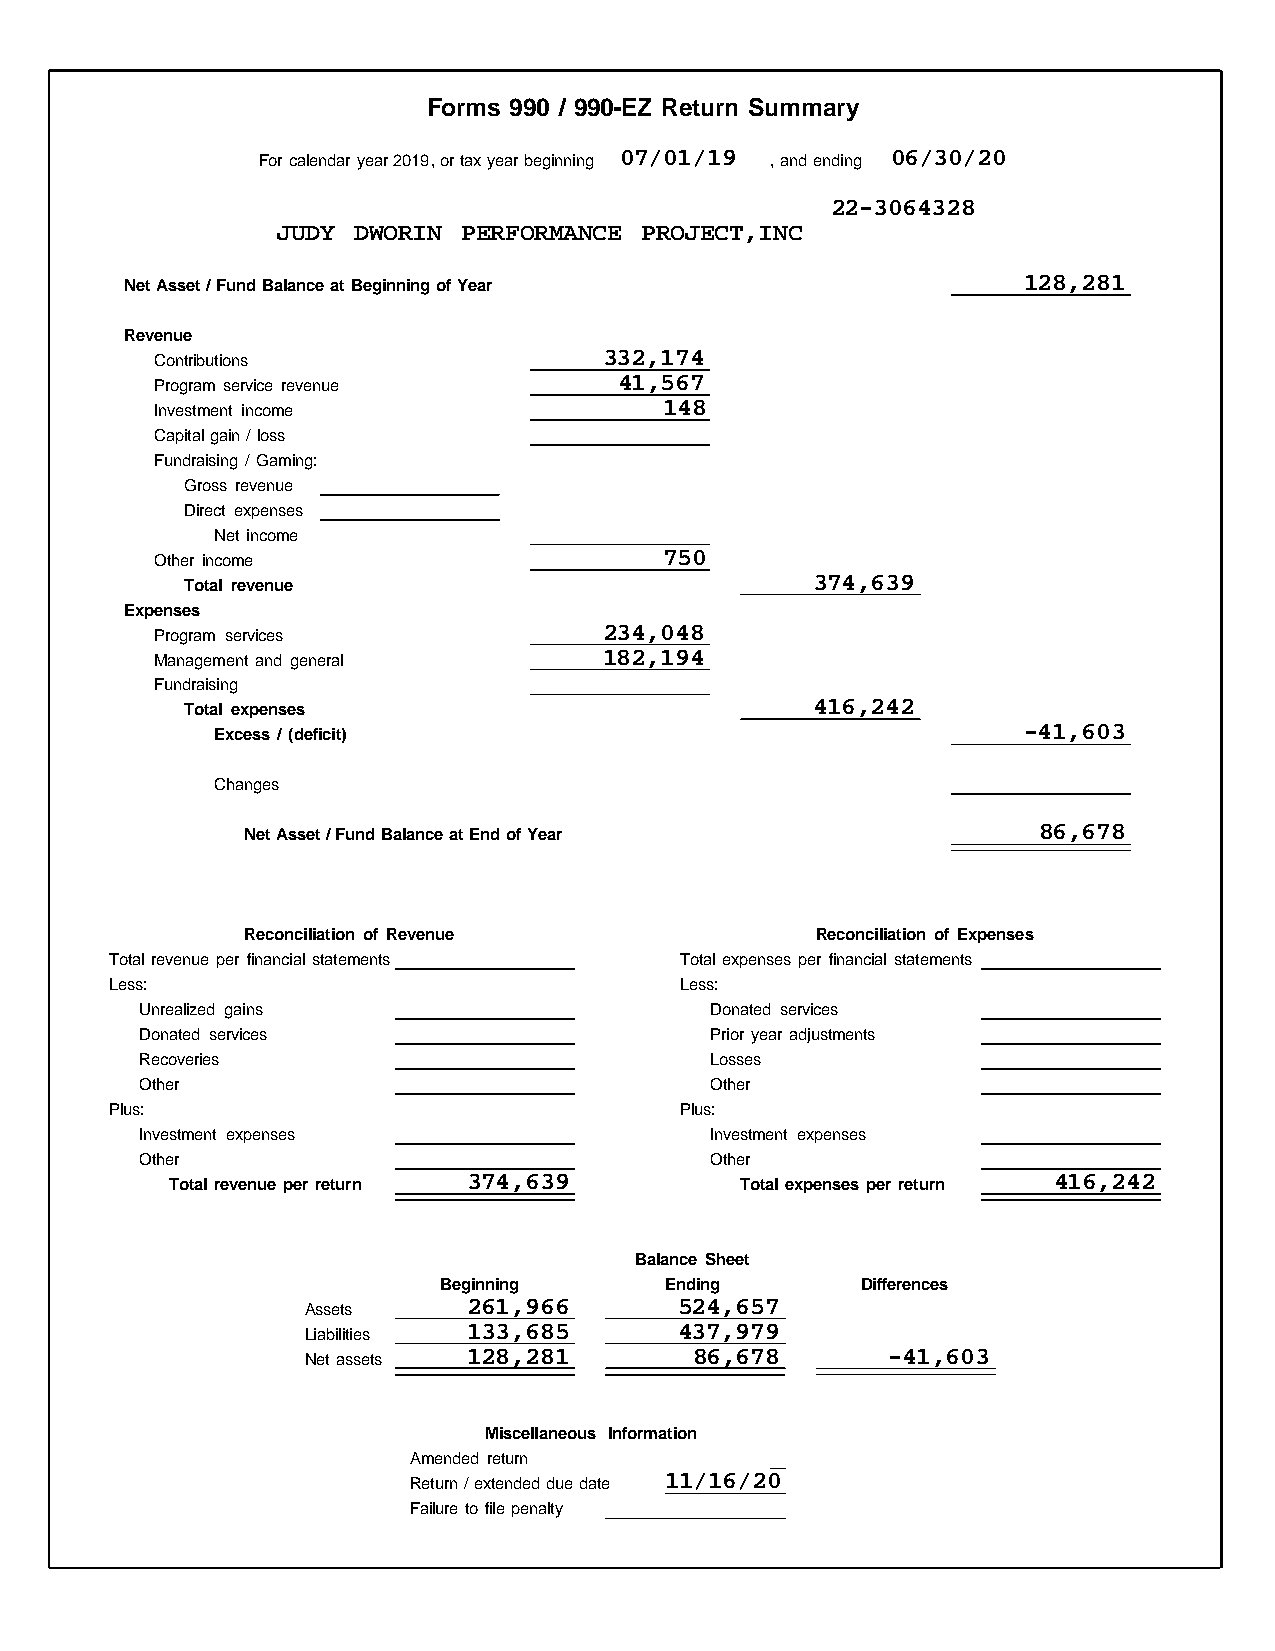
Forms 990 / 990-EZ Return Summary
 07/01/19          06/30/20
 For calendar year 2019, or tax year beginning , and ending
 22-3064328
 JUDY DWORIN  PERFORMANCE PROJECT,INC
 128,281
 Net Asset / Fund Balance at Beginning of Year
 Revenue
 332,174
 Contributions
 41,567
 Program service revenue
 148
 Investment income
 Capital gain / loss
 Fundraising / Gaming:
 Gross revenue
 Direct expenses
 Net income
 750
 Other income
 374,639
 Total revenue
 Expenses
 234,048
 Program services
 182,194
 Management and general
 Fundraising
 416,242
 Total expenses
 -41,603
 Excess / (deficit)
 Changes
 86,678
 Net Asset / Fund Balance at End of Year
 Reconciliation of Revenue             Reconciliation of Expenses
 Total revenue per financial statements Total expenses per financial statements
 Less:                                 Less:
 Unrealized gains                      Donated services
 Donated services                      Prior year adjustments
 Recoveries                            Losses
 Other                                 Other
 Plus:                                 Plus:
 Investment expenses                   Investment expenses
 Other                                 Other
 374,639                                416,242
 Total revenue per return              Total expenses per return
 Balance Sheet
 Beginning      Ending       Differences
 261,966       524,657
 Assets
 133,685       437,979
 Liabilities
 128,281        86,678       -41,603
 Net assets
 Miscellaneous Information
 Amended return
 11/16/20
 Return / extended due date
 Failure to file penalty